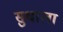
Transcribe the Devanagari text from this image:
सुधाला